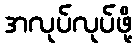
အလုပ်လုပ်ဖို့